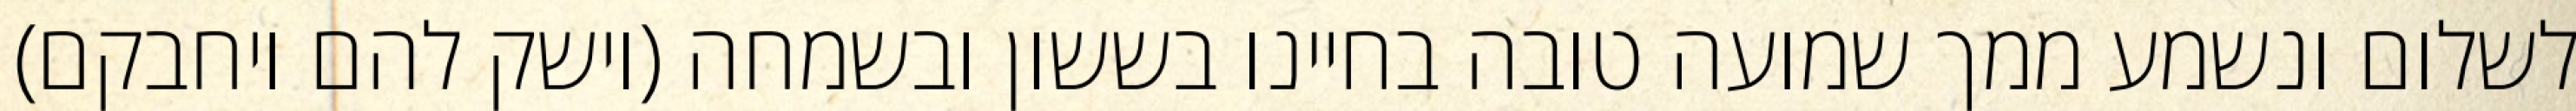
לשלום ונשמע ממך שמועה טובה בחיינו בששון ובשמחה (וישק להם ויחבקם)